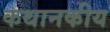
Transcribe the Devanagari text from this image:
कथानकीय